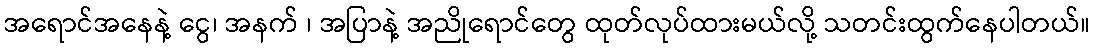
အရောင်အနေနဲ့ ငွေ၊ အနက် ၊ အပြာနဲ့ အညိုရောင်တွေ ထုတ်လုပ်ထားမယ်လို့ သတင်းထွက်နေပါတယ်။